Annual report of the Punjab Veterinary College and of the Civil Veterinary Department, Punjab - 1894-1908
Year: 1894
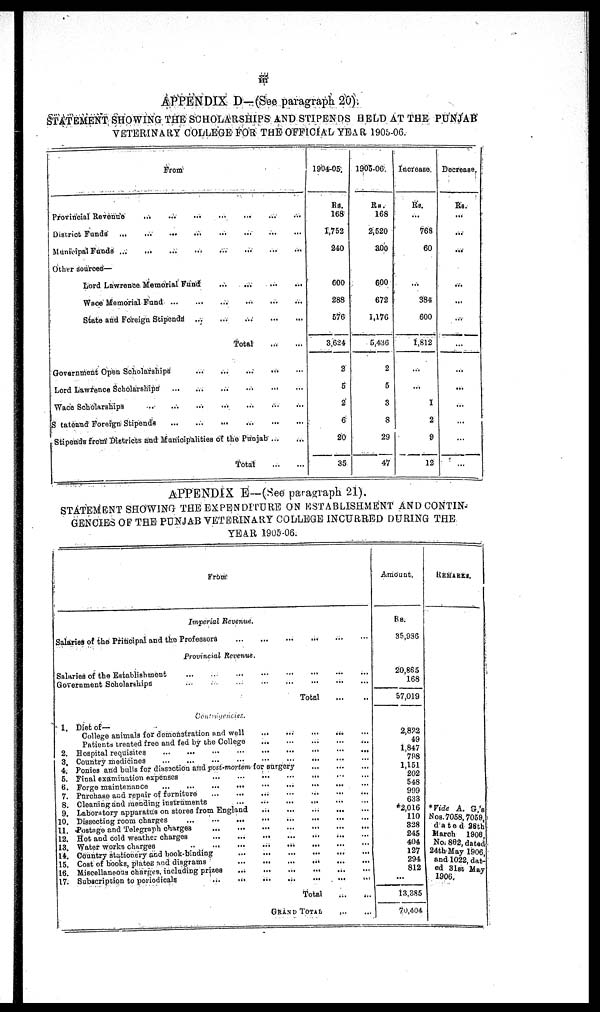
iii
APPENDIX D-(See paragraph 20).
STATEMENT SHOWING THE SCHOLARSHIPS AND STIPENDS HELD AT THE PUNJAB
VETERINARY COLLEGE FOR THE OFFICIAL YEAR 1905-06.
From
Provincial Revenue ... ... ...
District Funds ... ... ... ...
Municipal Funds
...
...
...
...
Other sources—
Lord Lawrence Memorial Fund ... ... ... ... ... ...
Wace Memorial Fund ... ... ... ... ...
State and Foreign Stipends ... ... ... ... ...
Total
...
...
Government Open Scholarships
...
...
...
...
...
...
Lord Lawrence Scholarships
...
...
...
...
Wace Scholarships ... ... ... ... ... ...
S tateand Foreign Stipends
...
...
...
...
...
Stipends from Districts and Municipalities of the Punjab ... ...
Total ... ...
1904-05.
Rs.
168
1,752
240
600
283
576
3,624
2
5
2
6
20
35
1905-06.
Rs.
168
2,520
300
600
672
1,176
5,436
2
5
3
8
29
47
Increase.
Rs.
...
768
60
...
384
600
1,812
...
...
1
2
9
12
Decrease.
Rs.
...
...
...
...
...
...
...
...
...
...
...
...
...
APPENDIX E—(See paragraph 21).
STATEMENT SHOWING THE EXPENDITURE ON ESTABLISHMENT AND CONTIN-
GENCIES OF THE PUNJAB VETERINARY COLLEGE INCURRED DURING THE
YEAR 1905-06.
From
Imperial Revenue.
Salaries of the Principal and the
Professors
...
...
...
Provincial Revenus.
Salaries of the Establishment ... ... ... ... ...
Government Scholarships ... ... ... ...
Total
...
...
1. Diet of—
College animals for demonstration and well
...
...
...
Patients treated frco and fed by the College
...
...
...
2. Hospital requisites
...
...
...
3, Country medicines ... ... ... ...
4. Ponies and bulls for dissection and post-mortem for surgery ... ... ... ... ...
5. Final examination expenses
...
...
...
...
6. Forgo maintenance
...
...
...
...
7. Purchase and repair of furniture ... ... ... ...
8. Cleaning and mending instruments
...
...
...
...
9. Laboratory apparatus on stores from England
...
...
...
...
...
10. Dissecting room charges
...
...
...
...
...
...
11. Postage and Telegraph charges
...
...
...
...
12. Hot and cold weather charges ... ... ... ...
13. Water
works
charges
...
...
...
...
14. Country stationery and book-binding
...
...
..
...
...
15. Coat of books, plates and diagrams
...
...
...
...
16. Miscellaneous charges including prizes
...
...
...
17. Subscription to periodicals
...
...
...
...
Total
...
...
GRAND TOTAL ... ...
Amount.
Rs.
35,936
20,865
168
57,019
2,822
49
1,847
798
1,151
202
548
999
633
*2,016
110
328
245
404
127
294
812
...
13,385
79404
REMARKS.
*Vide A. G.'s
Nos. 7058, 7059,
dated 28th
March 1908
No. 862, dated
24th May 1906
and 1022, dat-
ed 3lst May
1906.